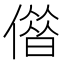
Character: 𠎥